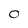
Character: O